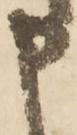
申